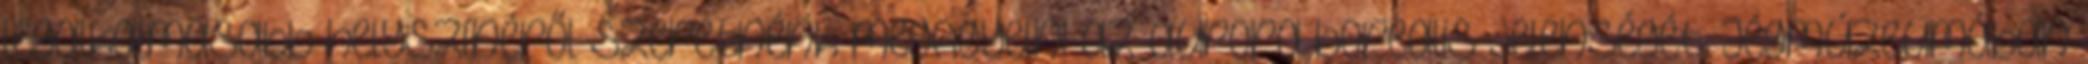
legalkalmasabb helyszínéről szeretnénk megfigyelni az aurora borealis jelenségét. Jégmúzeumában